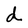
Character: d